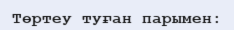
Төртеу туған парымен: